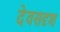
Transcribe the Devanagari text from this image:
देवसदृश